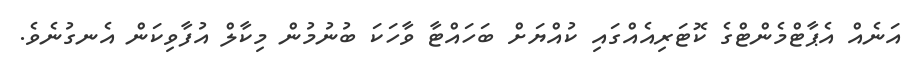
އަނެއް އެޕާޓްމެންޓްގެ ކޮޓަރިއެއްގައި ކުއްޔަށް ބަހައްޓާ ވާހަކަ ބުނުމުން މިކާލް އުފާވިކަން އެނގުނެވެ.